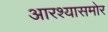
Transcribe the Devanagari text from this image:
आरश्यासमोर